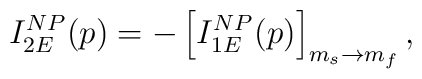
I_{2E}^{NP}(p)=-\left[ I_{1E}^{NP}(p)\right] _{m_{s}\rightarrow m_{f}},